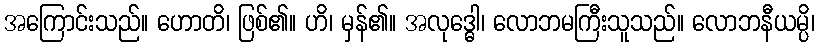
အကြောင်းသည်။ ဟောတိ၊ ဖြစ်၏။ ဟိ၊ မှန်၏။ အလုဒ္ဓေါ၊ လောဘမကြီးသူသည်။ လောဘနီယမ္ပိ၊